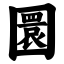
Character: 圜